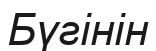
Бүгінін